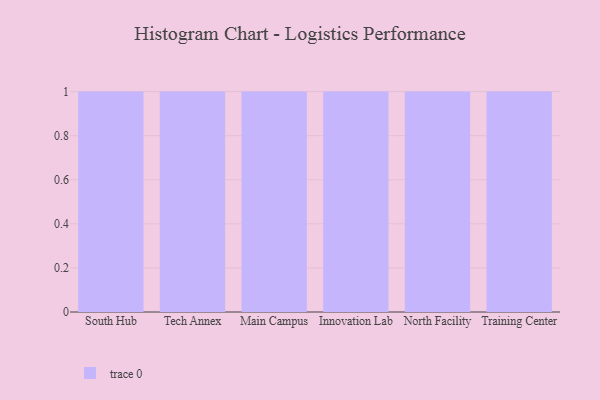
{"axis": {"x": "Campus", "y": "Bounce Rate (%)"}, "legend": [""], "data": [{"x": "South Hub", "y": 19, "type": ""}, {"x": "Tech Annex", "y": 48, "type": ""}, {"x": "Main Campus", "y": 29, "type": ""}, {"x": "Innovation Lab", "y": 43, "type": ""}, {"x": "North Facility", "y": 23, "type": ""}, {"x": "Training Center", "y": 32, "type": ""}]}